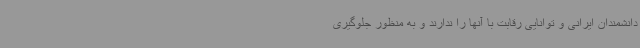
دانشمندان ایرانی و توانایی رقابت با آنها را ندارند و به منظور جلوگیری